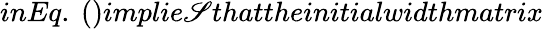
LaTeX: inEq.~()implie\mathscr{S}thattheinitialwidthmatrix